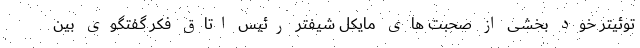
توئیتر خود بخشی از صحبت های مایکل شیفتر رئیس اتاق فکر گفتگوی بین